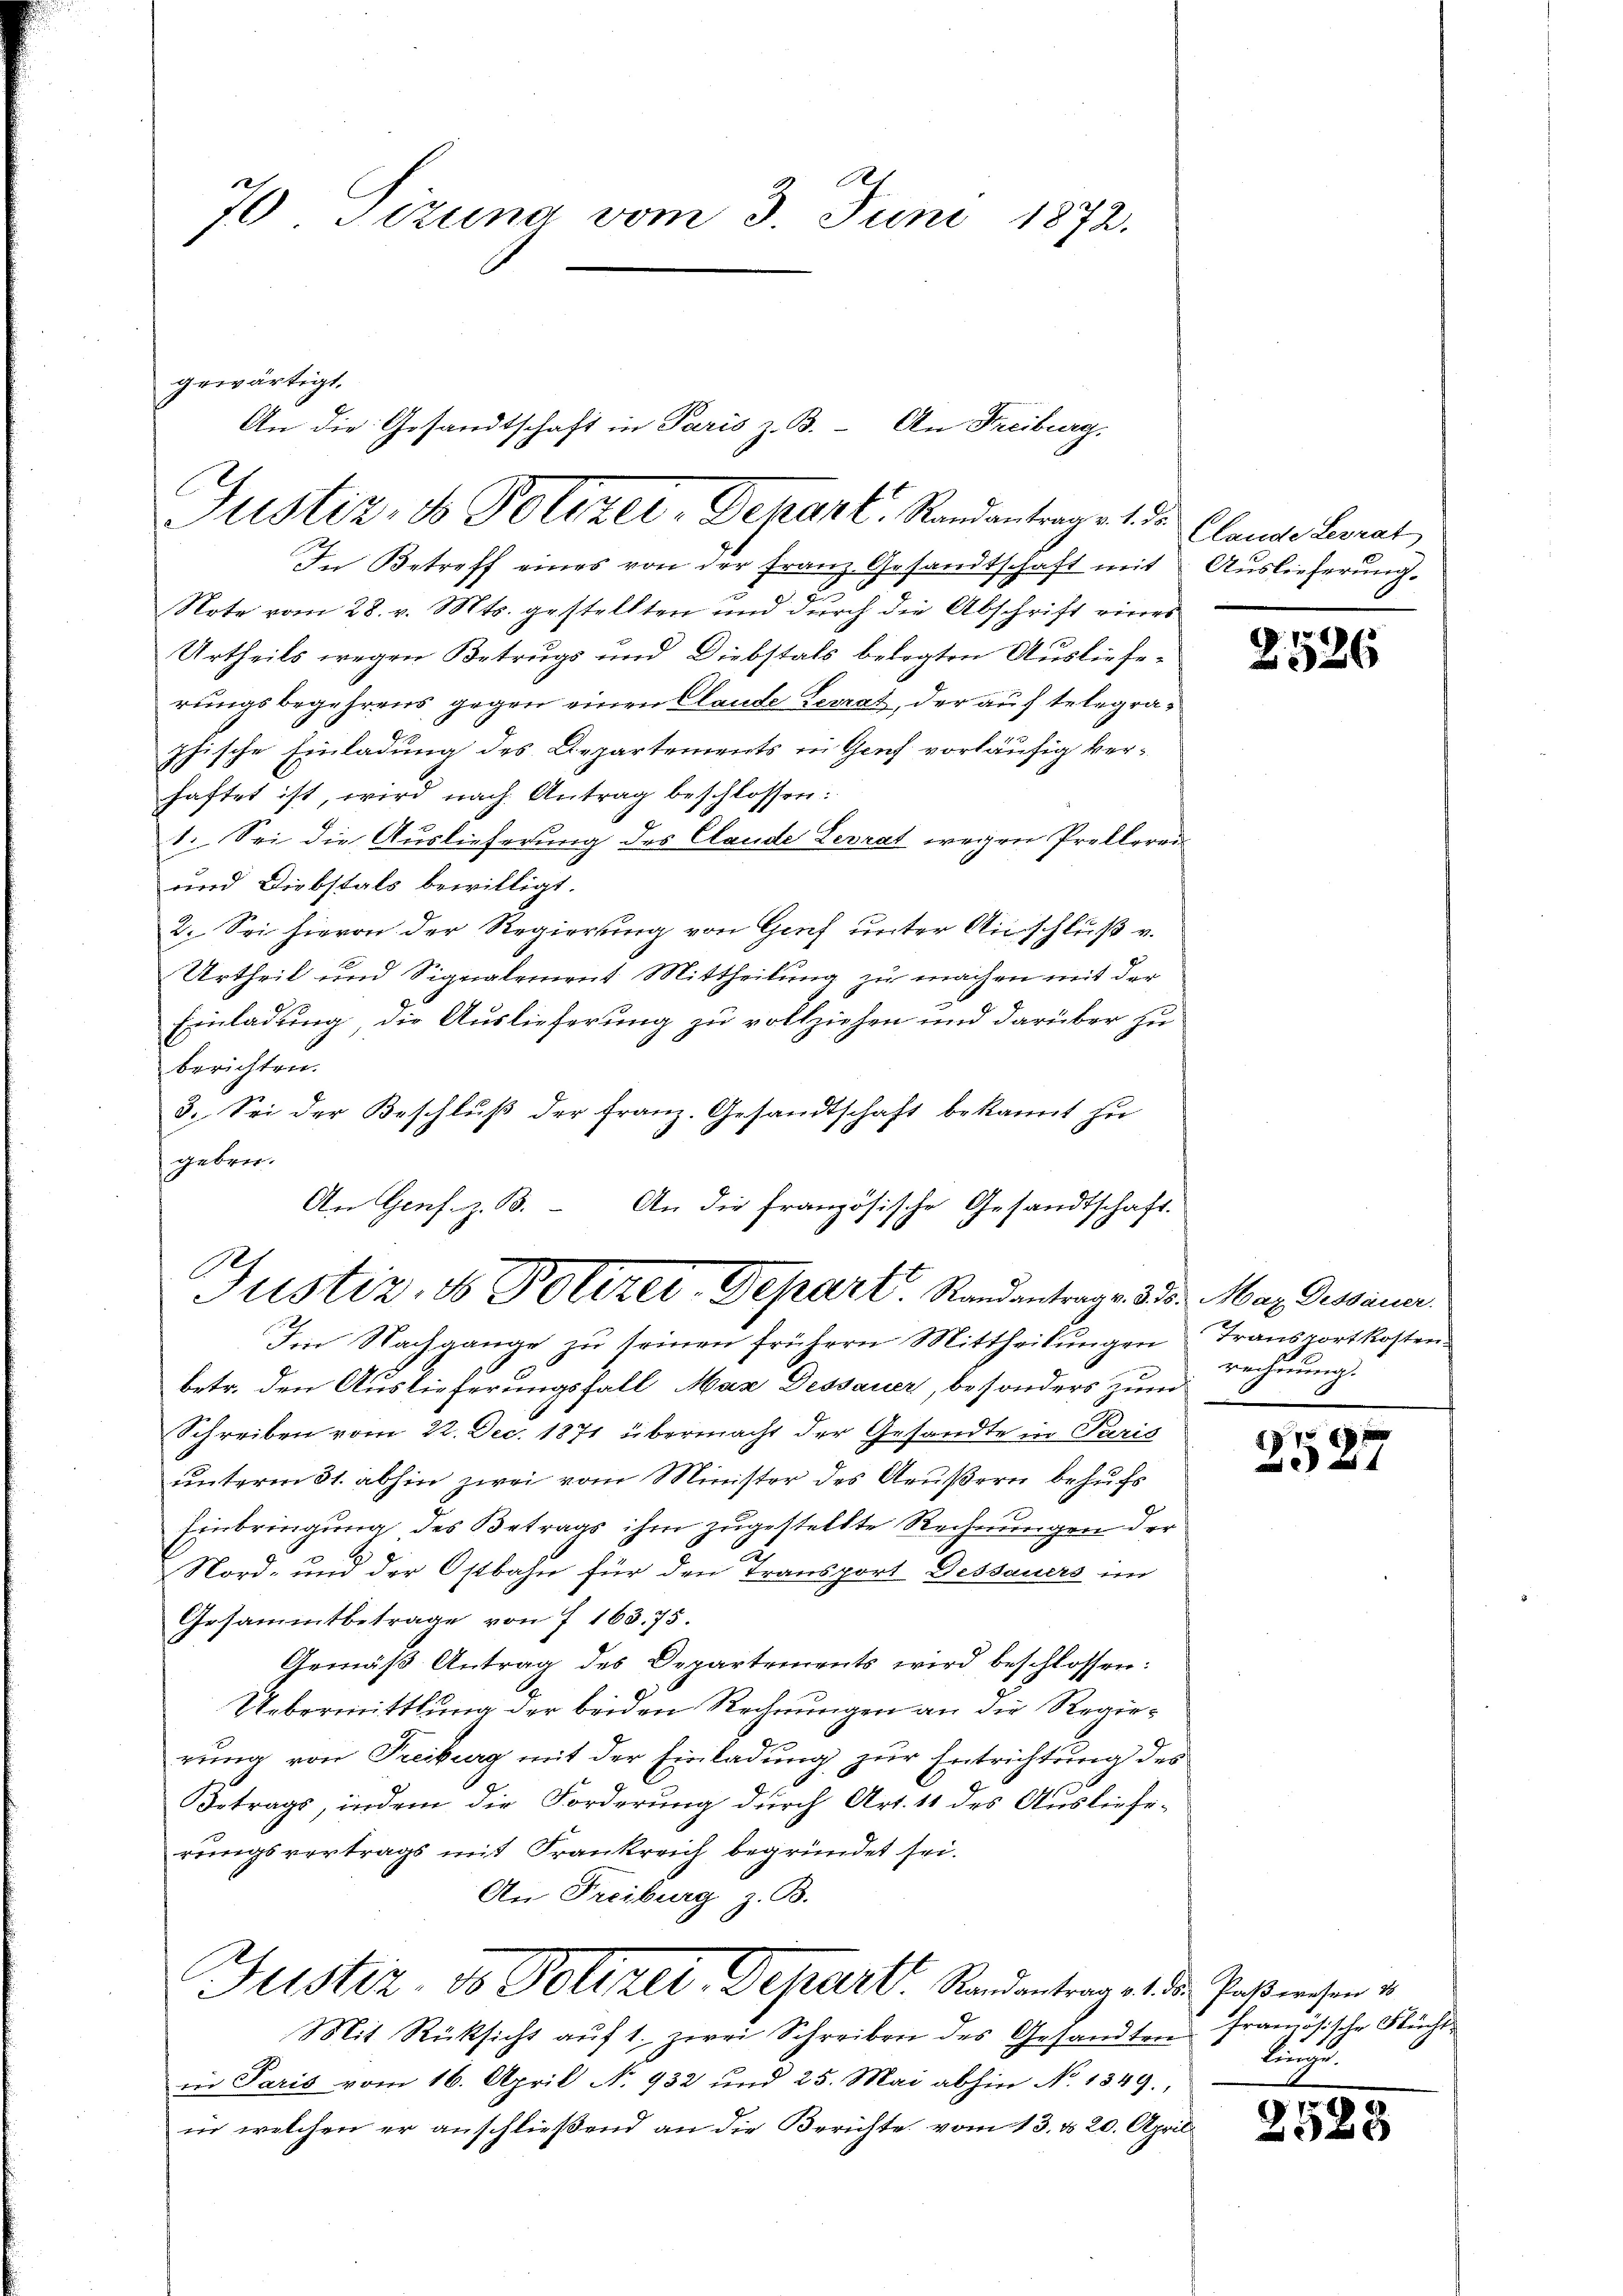
A
70 Tizung vom 3. Juni 1872.

gewärtigt,
Justiz- & Polizer, Depant. Randantrage 1. ds. Clauder Berat

In Betreff eines von der Franz Gesandtschaft mit Auslieferung.
2
Note vom 28. v. Mts. gestellten und durch die Abschrift eines
Urtheils wegen Betrugs und Diebstals belegten Auslieferungsbegehrens gegen einen Claude Levrat, der auf telegraphische Einladung des Departements in Genf vorläufig verhaftet ist, wird nach Antrag beschlossen:
1. Sei die Auslieferung des Claude Terrat wegen Prollerei
und Diebstals bewilligt.
2. Sei hievon der Regierung von Genf unter Ausschluß v.
Urtheil und Signalement Mittheilung zu machen mit der
Einladung, die Auslieferung zu vollziehen und darüber zu
berichten.
3. Sei der Beschluß der Franz. Gesandtschaft bekannt zu
geben.
An Gens. z. B. An die französische Gesandtschaft.

An die Gesandtschaft in Paris z. B. An Freiburg.

Justiz- & Polizey-Depart. Randantrage 3 s. Max Dessauer
I. Nachgange zu seinen frühern Mittheilungen Transportkosten

betr. den Auslieferungsfall, Mar Dessauer, besonders zum
Schreiben vom 22. Dec. 1871 übermacht der Gesandte in Paris
unterm 31. abhin zwei vom Minister des Aeußern behufs
Einbringung des Betrags ihm zugestellte Rechnungen der
2
Nord- und der Ostbahn für den Transport Dessauers im
Gesammtbetrage von 7 163. 75.
Gemäβ Antrag des Departements wird beschlossen:
Uebermittlung der beiden Rechnungen an die Regierung von Treiburg mit der Einladung zur Entrichtung des
Betrags, indem die Forderung durch Art. 11 des Ausliefe-
rungsvertrags mit Frankreich begründet sei.
An Freiburg z. B.
Justiz, do Polizei Depart. Randantrag es die Paßwesen v
Mit Rücksicht auf 1. zwei Schreiben des Gesandten
in Paris vom 16. April N. 432 und 25. Mai abhin No. 1349.
in welchen er anschließend an die Berichte vom 13. d. 20. April

2526

rechnung.

f 54 x

französische Flücht
lung

2585